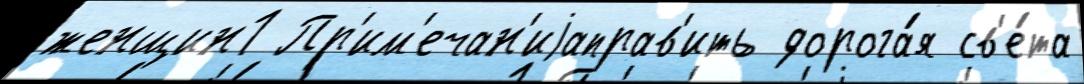
женщин1 Пр'им'ечан'иjаправ'ить дорога́я св'е́та